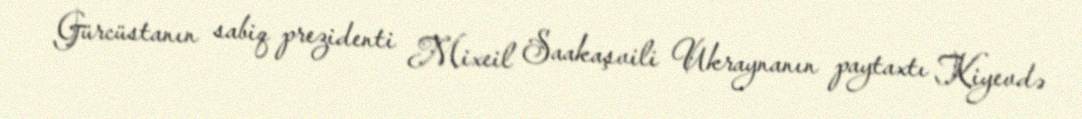
Gürcüstanın sabiq prezidenti Mixeil Saakaşvili Ukraynanın paytaxtı Kiyevdə